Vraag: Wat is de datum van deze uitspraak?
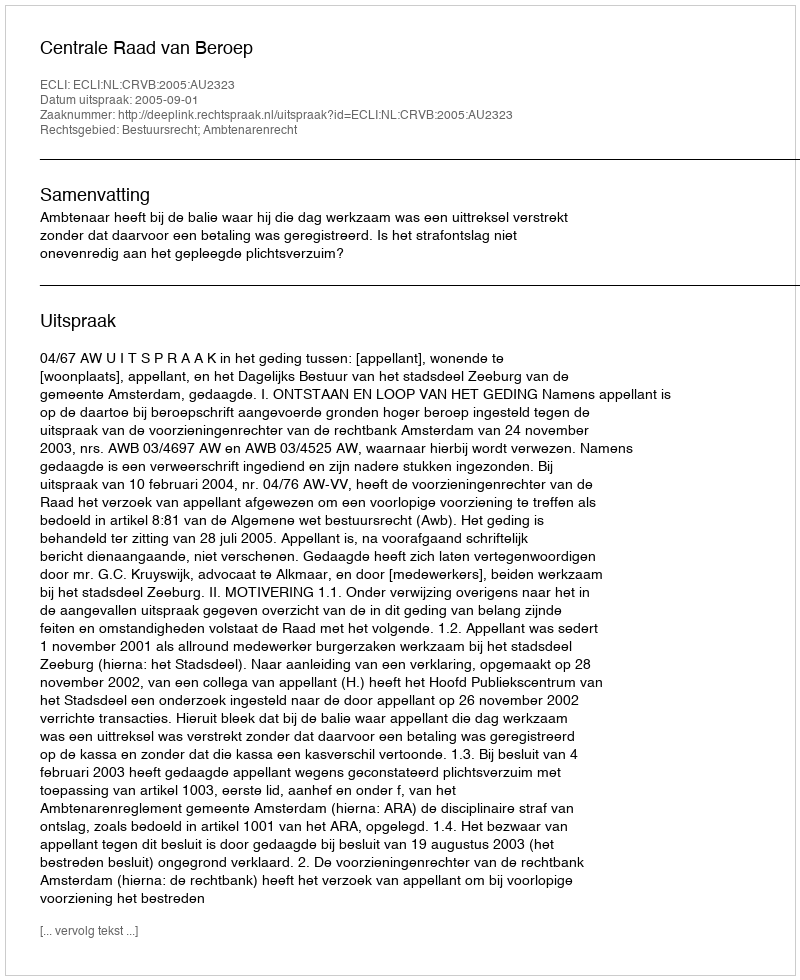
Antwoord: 2005-09-01